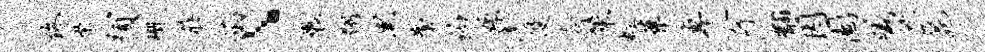
佟梁须珊庄函丶裹翱黑警约姝序没合策虹叶卓竽黼因园曦茫苑